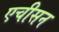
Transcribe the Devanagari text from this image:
एचीसन